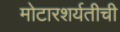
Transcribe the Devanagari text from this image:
मोटारशर्यतीची